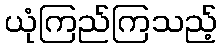
ယုံကြည်ကြသည့်